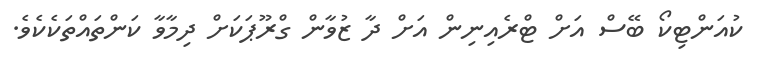
ކުއަންޓިކޯ ބޭސް އަށް ޓްރެއިނިން އަށް ދާ ޒުވާން ގްރޫޕަކަށް ދިމާވާ ކަންތައްތަކެކެވެ.